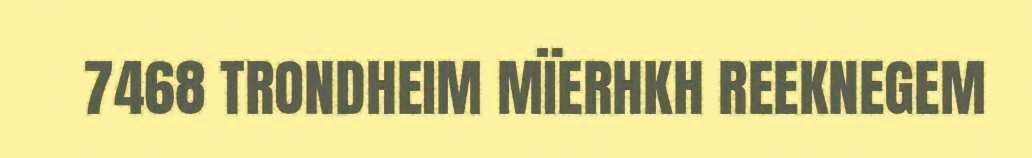
7468 TRONDHEIM MÏERHKH REEKNEGEM